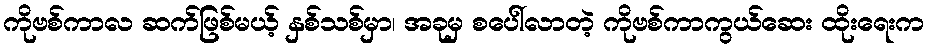
ကိုဗစ်ကာလ ဆက်ဖြစ်မယ့် နှစ်သစ်မှာ၊ အခုမှ စပေါ်လာတဲ့ ကိုဗစ်ကာကွယ်ဆေး ထိုးရေးက